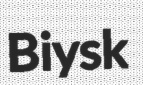
Biysk